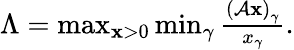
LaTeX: \begin{array}{r}{\Lambda=\operatorname*{max}_{{\mathbf x}>0}\operatorname*{min}_{\gamma}\frac{{(\mathcal{A}{\mathbf x})}_{\gamma}}{x_{\gamma}}.}\end{array}